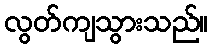
လွတ်ကျသွားသည်။